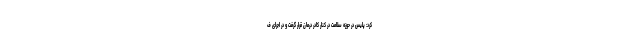
کرد: پلیس در حوزه سلامت در کنار کادر درمان قرار گرفت و در اجرای ف